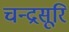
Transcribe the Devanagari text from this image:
चन्द्रसूरि